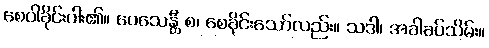
စေပါခိုင်းပါး၏။ ပေသေန္တီ စ၊ စေခိုင်းသော်လည်း။ သဒါ၊ အခါခပ်သိမ်း။